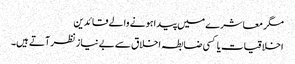
مگر معاشرے میں پیدا ہونے والے قائدین
اخلاقیات یا کسی ضابطہ اخلاق سے بے نیاز نظر آتے ہیں۔